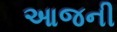
આજની